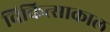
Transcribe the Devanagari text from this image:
चिकित्साकाल